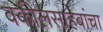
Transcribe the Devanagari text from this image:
वकीलसाहेबांचा